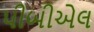
પીબીએલ